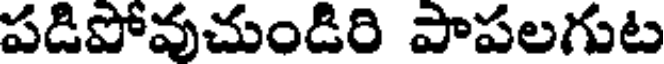
పడిపోవుచుండిరి పాపలగుట